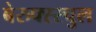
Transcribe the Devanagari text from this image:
बेरुफ्स्स्चुल